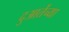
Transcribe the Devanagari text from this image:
दुआर्तेच्या